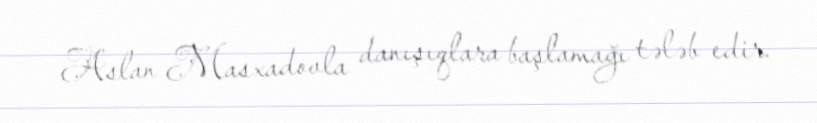
Aslan Masxadovla danışıqlara başlamağı tələb edir.